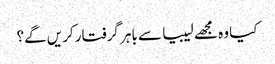
کیا وہ مجھے لیبیا سے باہر گرفتار کریں گے؟